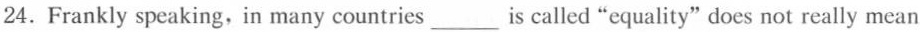
24.Frankly speaking,in many countries ___ is called "equality" does not really mean